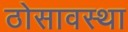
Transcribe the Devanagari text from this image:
ठोसावस्था